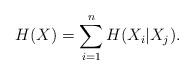
LaTeX: \begin{align*}H(X) = \sum_{i=1}^n{H(X_i|X_j )}.\end{align*}